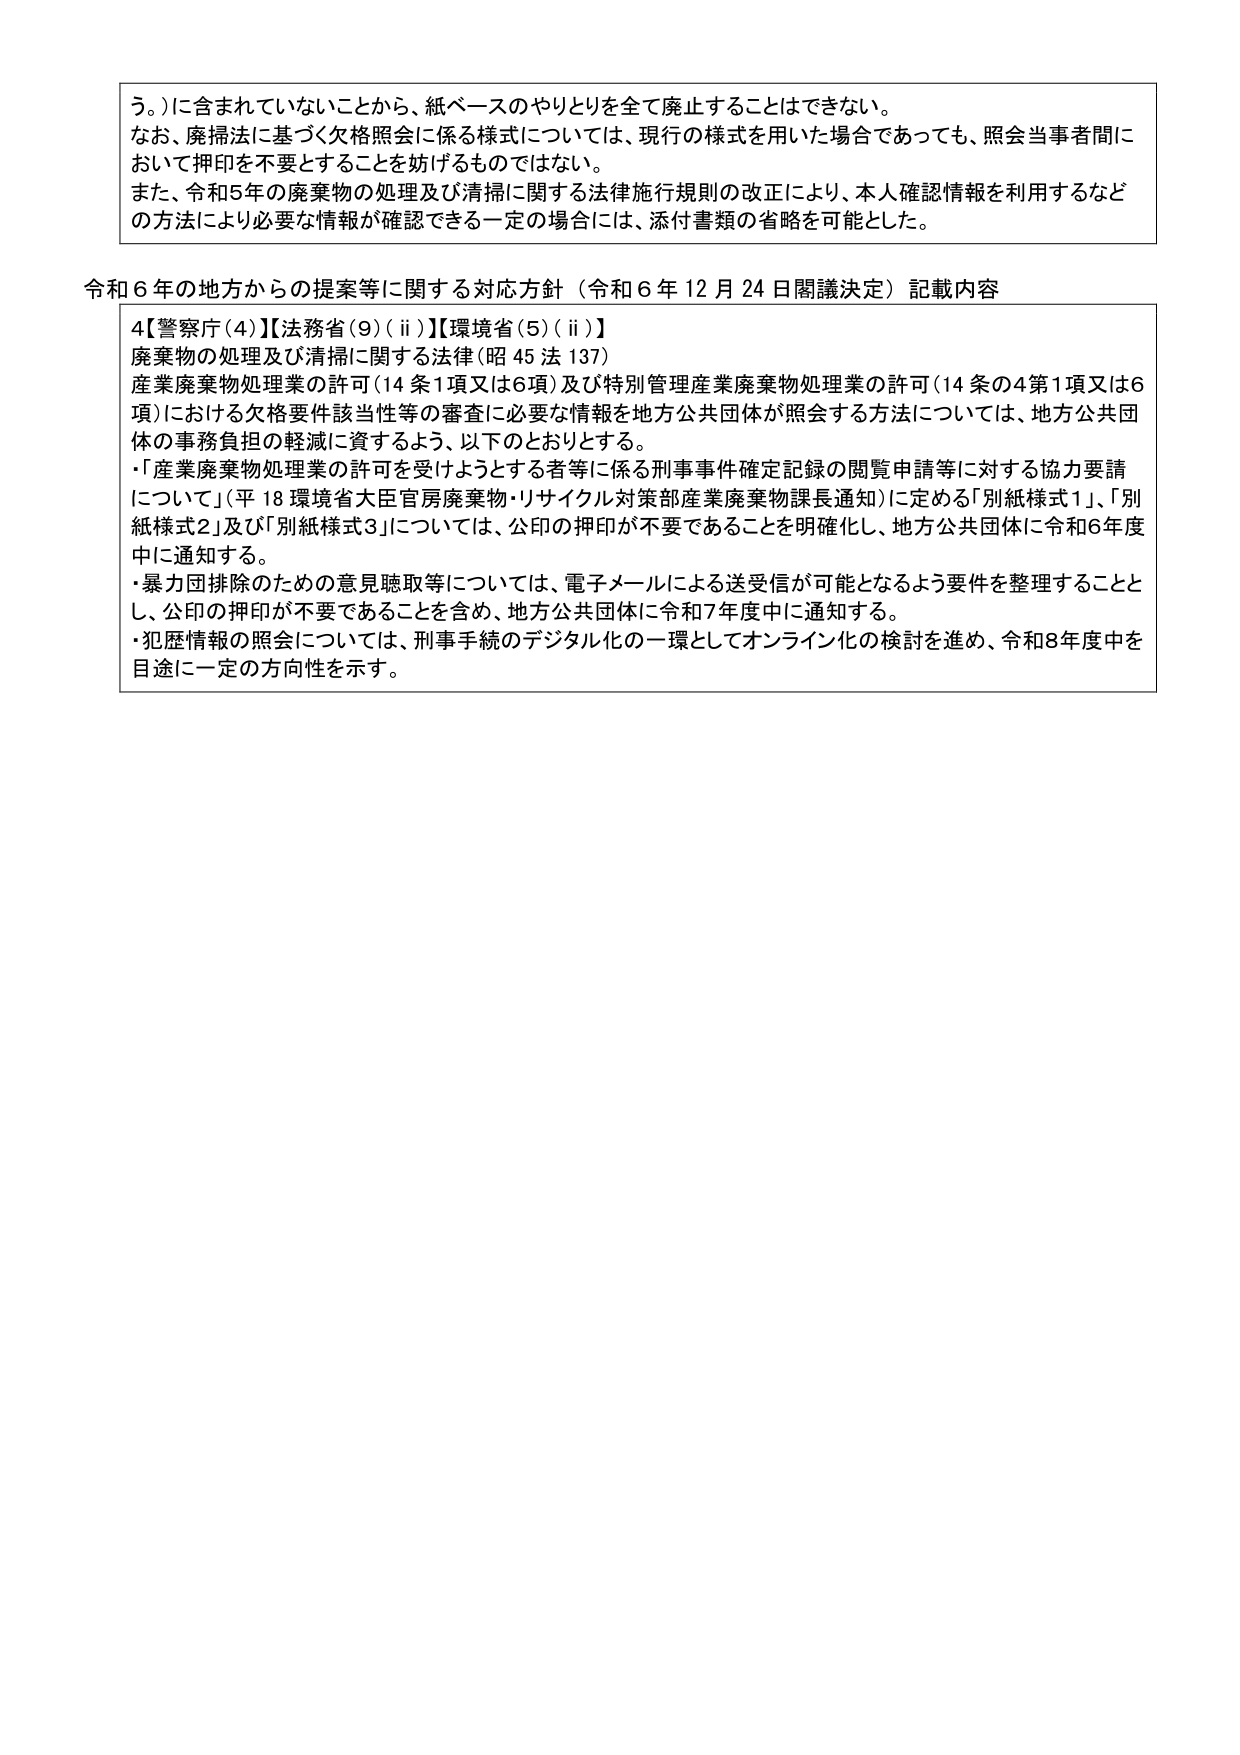
う。）に含まれていないことから、紙ベースのやりとりを全て廃止することはできない。
なお、廃掃法に基づく欠格照会に係る様式については、現行の様式を用いた場合であっても、照会当事者間において押印を不要とすることを妨げるものではない。
また、令和5年の廃棄物の処理及び清掃に関する法律施行規則の改正により、本人確認情報を利用するなどの方法により必要な情報が確認できる一定の場合には、添付書類の省略を可能とした。

令和6年の地方からの提案等に関する対応方針（令和6年12月24日閣議決定）記載内容

4【警察庁（4）】【法務省（9）（ⅱ）】【環境省（5）（ⅱ）】
廃棄物の処理及び清掃に関する法律（昭45法137）
産業廃棄物処理業の許可（14条1項又は6項）及び特別管理産業廃棄物処理業の許可（14条の4第1項又は6項）における欠格要件該当性等の審査に必要な情報を地方公共団体が照会する方法については、地方公共団体の事務負担の軽減に資するよう、以下のとおりとする。
・「産業廃棄物処理業の許可を受けようとする者等に係る刑事事件確定記録の閲覧申請等に対する協力要請について」（平18環境省大臣官房廃棄物・リサイクル対策部産業廃棄物課長通知）に定める「別紙様式1」、「別紙様式2」及び「別紙様式3」については、公印の押印が不要であることを明確化し、地方公共団体に令和6年度中に通知する。
・暴力団排除のための意見聴取等については、電子メールによる送受信が可能となるよう要件を整理することとし、公印の押印が不要であることを含め、地方公共団体に令和7年度中に通知する。
・犯歴情報の照会については、刑事手続のデジタル化の一環としてオンライン化の検討を進め、令和8年度中を目途に一定の方向性を示す。